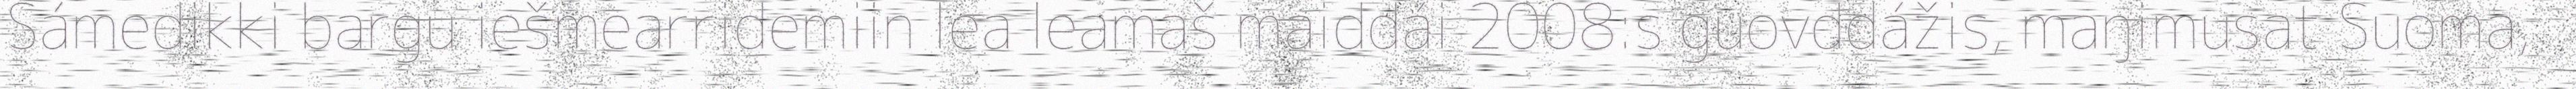
Sámedikki bargu iešmearridemiin lea leamaš maiddái 2008:s guovddážis, maŋimusat Suoma,